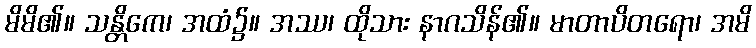
မိမိ၏။ သန္တိကေ၊ အထံ၌။ အဿ၊ ထိုသား နာဂသိန်၏။ မာတာပိတရော၊ အမိ